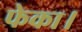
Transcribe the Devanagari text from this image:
फेका।